Children and Young Persons (Scotland) Act, 1932. Care and training of juveniles, 1932
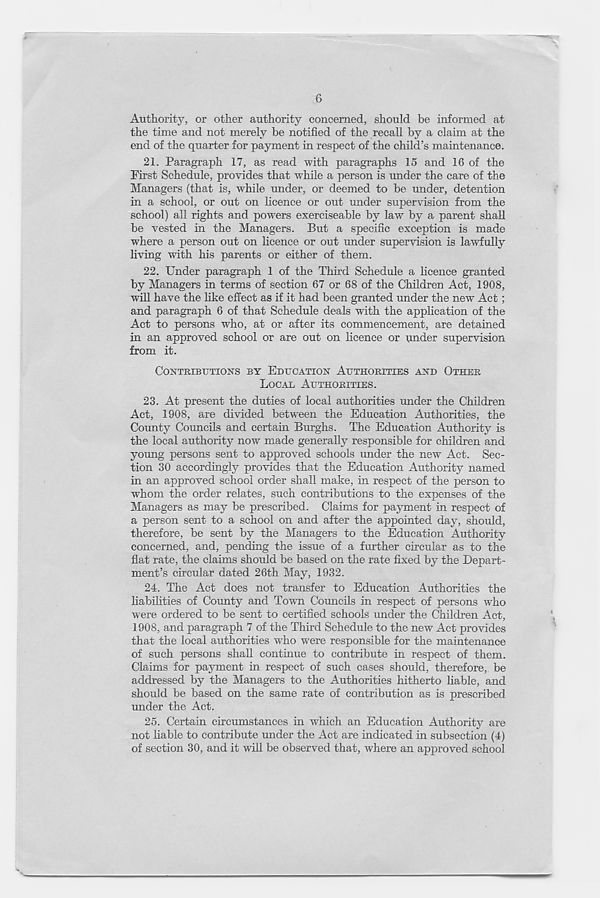
6
Authority, or other authority concerned, should be informed at
the time and not merely he notified of the recall by a claim at the
end of the quarter for payment in respect of the child’s maintenance.
21. Paragraph 17, as read with paragraphs 15 and 16 of the
First Schedule, provides that while a person is under the care of the
Managers (that is, while under, or deemed to be under, detention
in a school, or out on licence or out under supervision from the
school) all rights and powers exerciseable by law by a parent shall
be vested in the Managers. But a specific exception is made
where a person out on licence or out under supervision is lawfully
living with his parents or either of them.
22. Under paragraph 1 of the Third Schedule a licence granted
by Managers in terms of section 67 or 68 of the Children Act, 1908,
will have the like effect as if it had been granted under the new Act;
and paragraph 6 of that Schedule deals with the application of the
Act to persons who, at or after its commencement, are detained
in an approved school or are out on licence or under supervision
from it.
CONTRIBUTIONS BY EDUCATION AUTHORITIES AND OTHER
LOCAL AUTHORITIES.
23. At present the duties of local authorities under the Children
Act, 1908, are divided between the Education Authorities, the
County Councils and certain Burghs. The Education Authority is
the local authority now made generally responsible for children and
young persons sent to approved schools under the new Act. Sec-
tion 30 accordingly provides that the Education Authority named
in an approved school order shall make, in respect of the person to
whom the order relates, such contributions to the expenses of the
Managers as may be prescribed. Claims for payment in respect of
a person sent to a school on and after the appointed day, should,
therefore, be sent by the Managers to the Education Authority
concerned, and, pending the issue of a further circular as to the
flat rate, the claims should be based on the rate fixed by the Depart-
ment’s circular dated 26th May, 1932.
24. The Act does not transfer to Education Authorities the
liabilities of County and Town Councils in respect of persons who
were ordered to be sent to certified schools under the Children Act,
1908, and paragraph 7 of the Third Schedule to the new Act provides
that the local authorities who were responsible for the maintenance
of such persons shall continue to contribute in respect of them.
Claims for payment in respect of such cases should, therefore, be
addressed by the Managers to the Authorities hitherto liable, and
should be based on the same rate of contribution as is prescribed
under the Act.
25. Certain circumstances in which an Education Authority are
not liable to contribute under the Act are indicated in subsection (4)
of section 30, and it wall be observed that, where an approved school